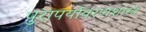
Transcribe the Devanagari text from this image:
पुरापर्यावरणशास्त्र